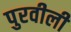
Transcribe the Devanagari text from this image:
पुरवीली